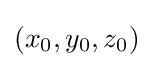
\left(x_{0},y_{0},z_{0}\right)